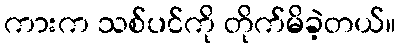
ကားက သစ်ပင်ကို တိုက်မိခဲ့တယ်။